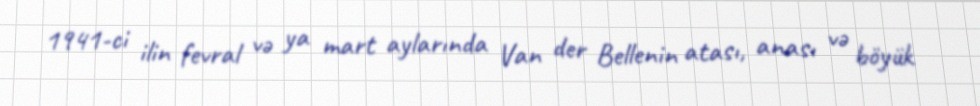
1941-ci ilin fevral və ya mart aylarında Van der Bellenin atası, anası və böyük